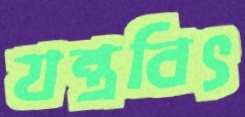
যন্ত্রবিৎ